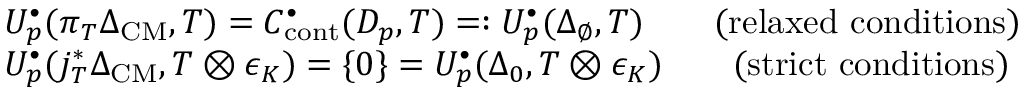
\begin{array} { r } { \begin{array} { r l } & { U _ { p } ^ { \bullet } ( \pi _ { T } \Delta _ { \mathrm { C M } } , T ) = C _ { \mathrm { c o n t } } ^ { \bullet } ( D _ { p } , T ) = : U _ { p } ^ { \bullet } ( \Delta _ { \emptyset } , T ) \qquad \mathrm { ( r e l a x e d ~ c o n d i t i o n s ) } } \\ & { U _ { p } ^ { \bullet } ( j _ { T } ^ { * } \Delta _ { \mathrm { C M } } , T \otimes \epsilon _ { K } ) = \{ 0 \} = U _ { p } ^ { \bullet } ( \Delta _ { 0 } , T \otimes \epsilon _ { K } ) \qquad \mathrm { ( s t r i c t ~ c o n d i t i o n s ) } } \end{array} } \end{array}